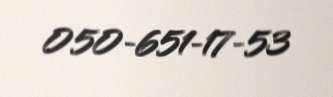
050-651-17-53